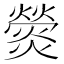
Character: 𤐺